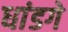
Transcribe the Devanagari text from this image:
धांडगे